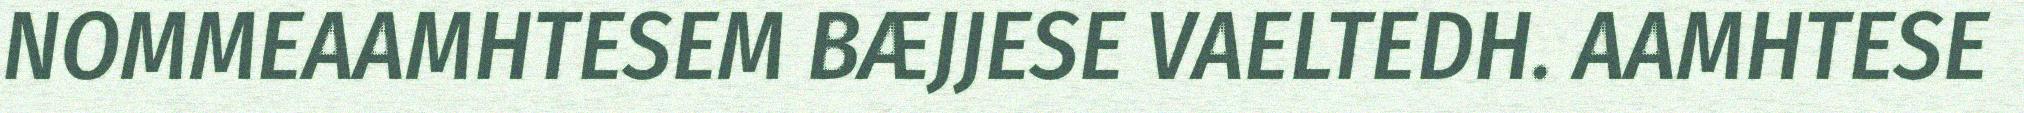
NOMMEAAMHTESEM BÆJJESE VAELTEDH. AAMHTESE